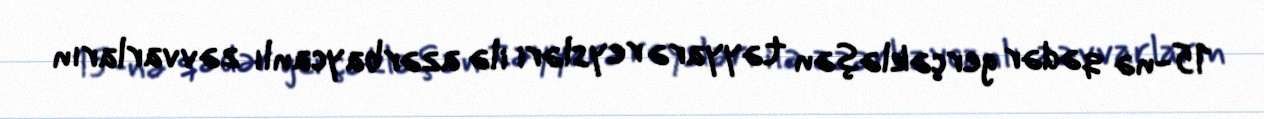
15-nə qədər gerçəkləşən təyyarə reysləri ilə azərbaycanlı zəvvarların